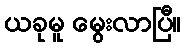
ယခုမူ မွေးလာပြီ။